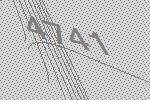
4741